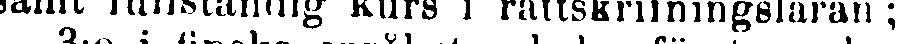
samt fullständig kurs i rättskrifningsläran ;